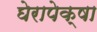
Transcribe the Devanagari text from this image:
घेरापेक्षा